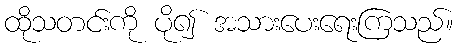
ထိုသတင်းကို ပို၍ အသားပေးရေးကြသည်။